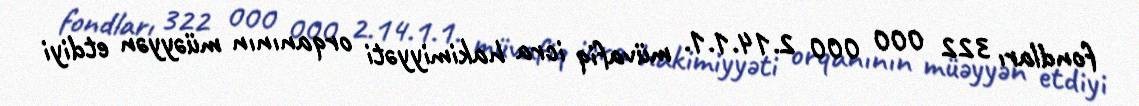
fondları 322 000 000 2.14.1.1. müvafiq icra hakimiyyəti orqanının müəyyən etdiyi